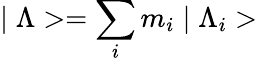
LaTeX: \mid\Lambda>=\sum_{i}m_{i}\mid\Lambda_{i}>